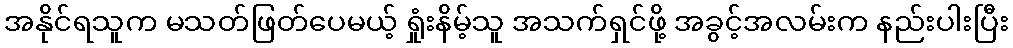
အနိုင်ရသူက မသတ်ဖြတ်ပေမယ့် ရှုံးနိမ့်သူ အသက်ရှင်ဖို့ အခွင့်အလမ်းက နည်းပါးပြီး